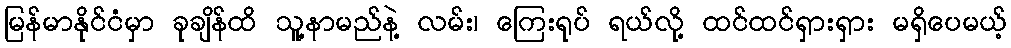
မြန်မာနိုင်ငံမှာ ခုချိန်ထိ သူ့နာမည်နဲ့ လမ်း၊ ကြေးရုပ် ရယ်လို့ ထင်ထင်ရှားရှား မရှိပေမယ့်